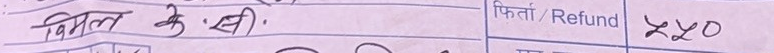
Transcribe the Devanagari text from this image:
बिल के.सी. ५५०